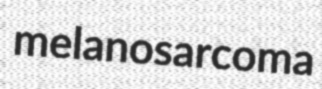
melanosarcoma